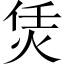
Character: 𤇲